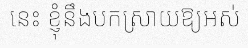
នេះ ខ្ញុំនឹងបកស្រាយឱ្យអស់